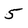
Character: 5